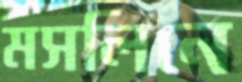
মসলিনে